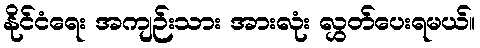
နိုင်ငံရေး အကျဉ်းသား အားလုံး လွှတ်ပေးရမယ်။